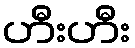
ဟီးဟီး